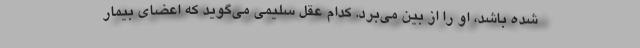
شده باشد، او را از بین می‌برد. کدام عقل سلیمی می‌گوید که اعضای بیمار